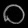
Digit: ၀